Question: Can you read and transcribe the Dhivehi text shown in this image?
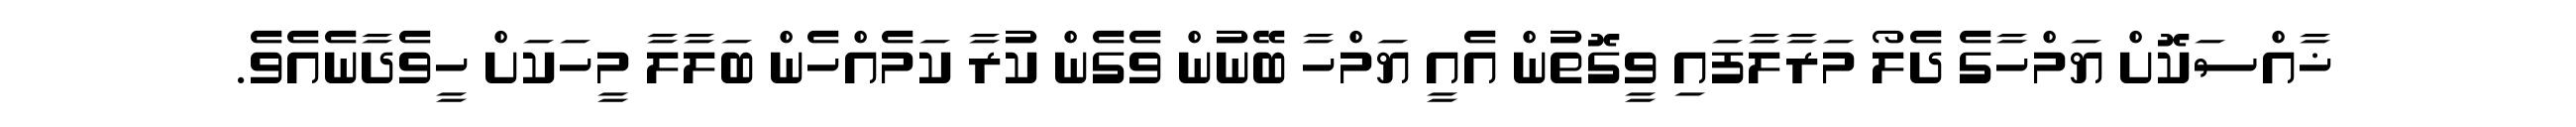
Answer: ޚާއްސަކޮށް ޔަމްހާގެ ދެލޯ މަރާލާފައި ވީގޮތުން އެއީ ޔަމްހާ ބޭނުން ވެގެން ކުރާ ކަމެއްހެން ބަލާލާ މީހަކަށް ހީވެދާނެއެވެ.